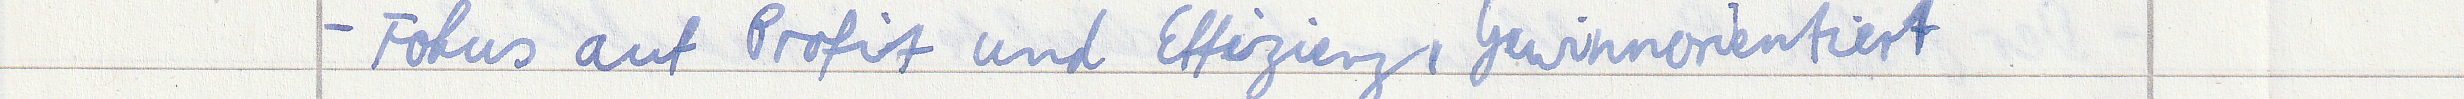
Fokus auf Profit und Effizienz, Gewinnorientiert